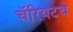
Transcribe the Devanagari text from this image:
चॅरियटचे